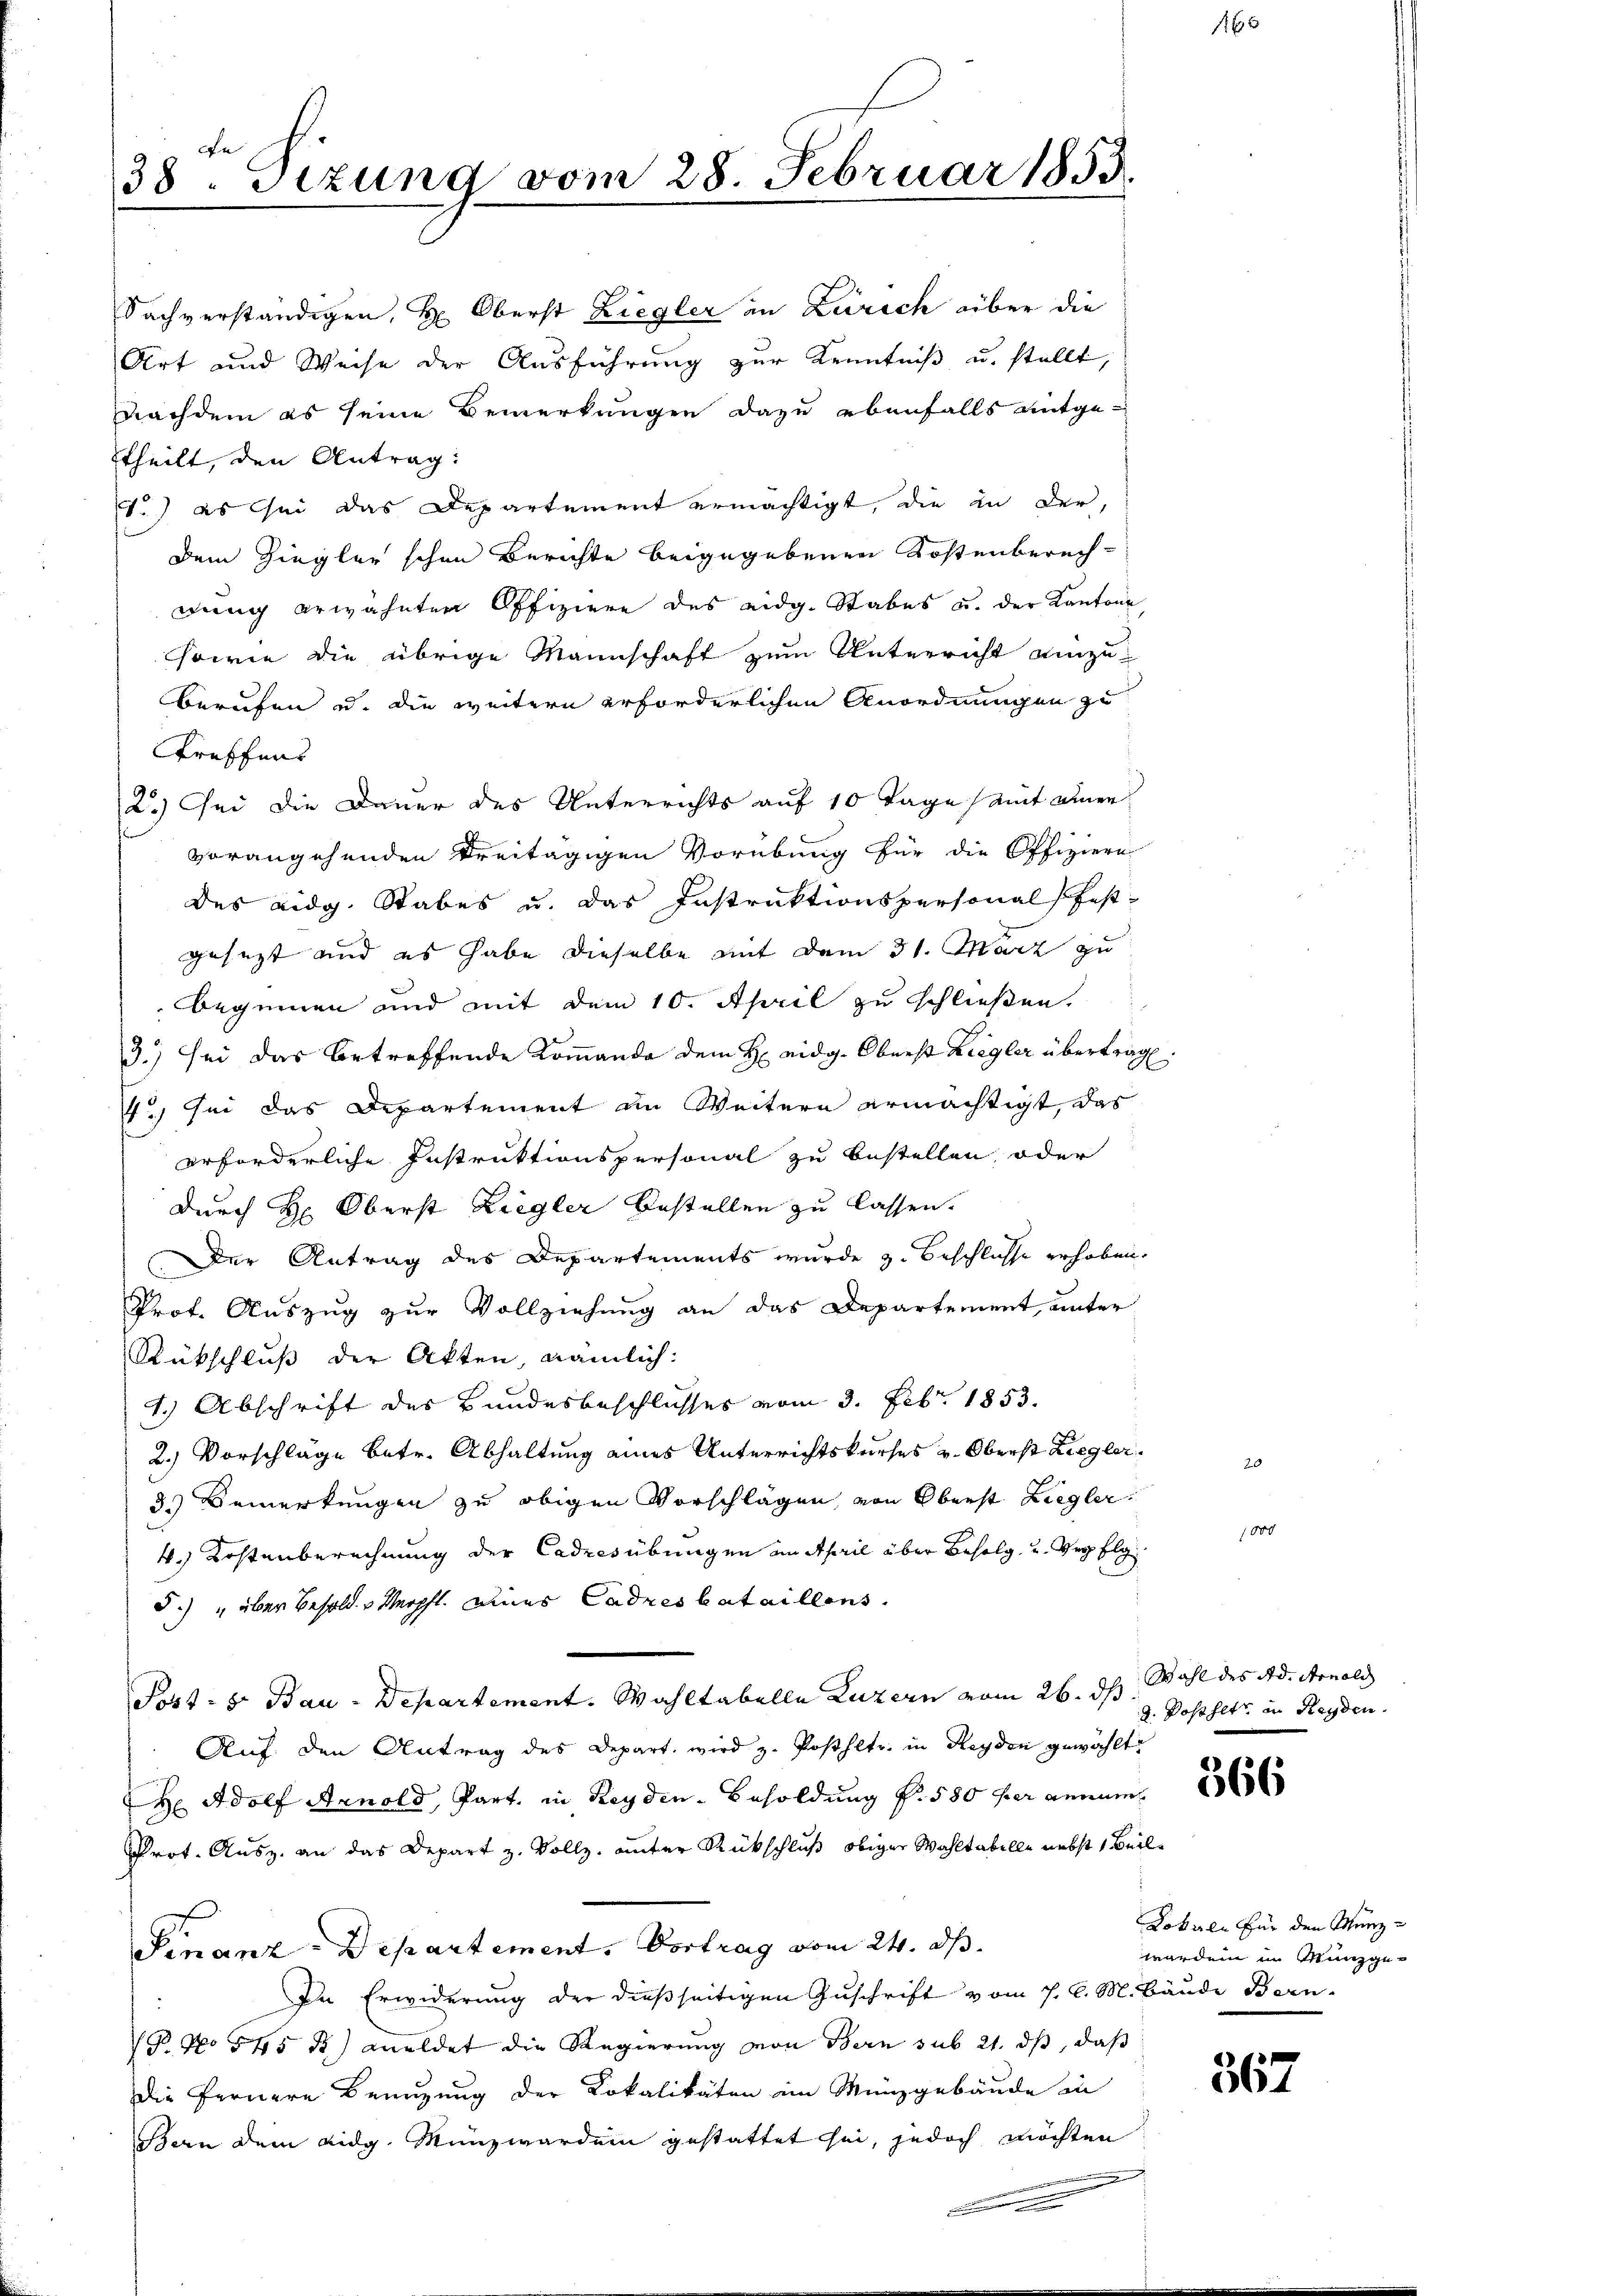
38. Sitzung vom 28. Februar 1853.

theilt, den Antrag:
V.) es sei das Departement ermächtigt, die in der,
Dem Ziegler schon Berichte beigegebenen Kostenberechdung erwähnten Offiziere des eidg. Stabes u. der Kantone,
sowie die übrige Mannschaft zum Unterricht einzu¬
Berufen u. die weitern erforderlichen Anordnungen zu
Greffers
2.) Sei die Dauer des Unterrichts auf 10 Tage mit einer
vorangehenden treitägigen Vorübung für die Offiziere
des eidg. Stabes u. das Instruktionspersonal fest-
gesezt und es habe dieselbe mit dem 31. März zu
beginnen und mit dem 10. April zu schließen.
3.) sei das betreffende Kommanda dem H eidg. Oberst Liegler übertrag.
) sei das Departement in Weitern ermächtigt, das
erforderliche Instruktionspersonal zu bestellen, oder
durch H: Oberst Ziegler bestellen zu lassen.
Der Antrag des Departements wurde z. Beschlusse erhoben.
Prof. Auszug zur Vollziehung an das Departement, unter
Rückschluß der Akten, nämlich:
1.) Abschrift des Bundesbeschlusses vom 3. Febr. 1853.
2.) Vorschläge betr. Abhaltung eines Unterrichtskurses v. Oberst Ziegler
3. Bemerkungen zu obigen Vorschlägen, von Oberst Liegler.
4.) Kostenberechnung der Cadresübungen an April über Befolg, und Verfolg¬
F.) " über Besold Mrpft. eines Cadres bataillens.
Post- 8. Bau-Departement. Wahltabelle Luzern vom 26. ds. Wahl des Ad. Arnold
Auf den Antrag des Depart wird z. Posthltr. in Reyden gewählt.
H Adolf Arnold, Part. in Reyden-Besoldung f. 580 per annam
Prot. Ausz. an das Depart z. Vollz, unter Rückschluß obiger Wahltabelle nebst 1 Beil¬
Finanz-Departement. Vortrag vom 24. ds.
In Erwiderung der dießseitigen Zuschrift vom 7. d. M. Bäude Bern-
P. No 545 3) meldet die Regierung von Bern sub 21. dβ, daß
Die Fernere Benuzung der Lokalitäten ein Münzgebäude in
Bern dem eidg. Münzwerden gestattet sei, jedoch möchten

Sachverständigen, H: Oberst Ziegler in Zürich über die
Art und Weise der Ausführung zur Kenntniß u. stellt,
Nachdem es seine Bemerkungen dazu ebenfalls entge¬

f 6 x

d. Postsetz in Reyden.

366

Lokale für den Menzworden im Manzge¬

367